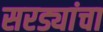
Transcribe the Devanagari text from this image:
सरड्यांचा